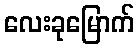
လေးခုမြောက်